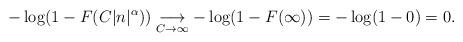
LaTeX: \begin{align*} - \log (1 - F(C|n|^\alpha)) \underset{C\rightarrow \infty}{\longrightarrow} - \log (1 - F(\infty)) = - \log (1-0) = 0. \end{align*}